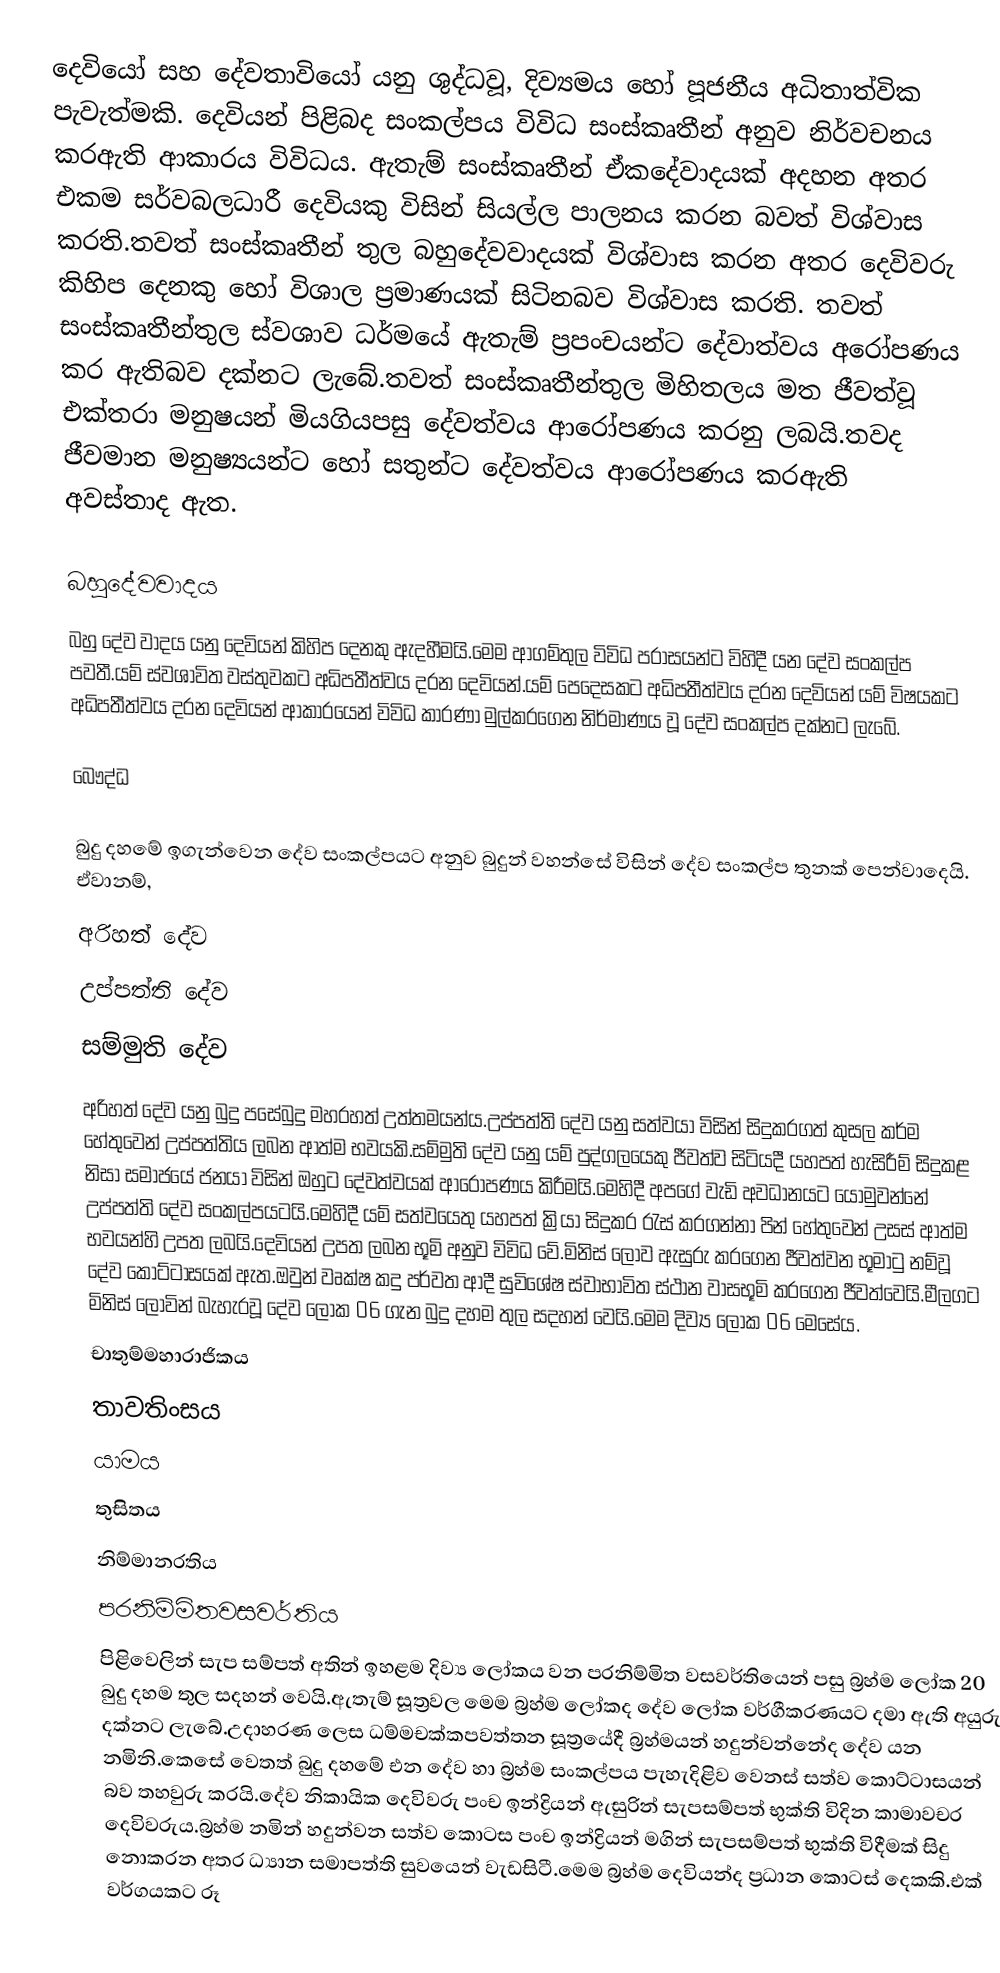
දෙවියෝ සහ දේවතාවියෝ  යනු ශුද්ධවූ, දිව්‍යමය හෝ පූජනීය අධිතාත්වික පැවැත්මකි. දෙවියන් පිළිබද සංකල්පය විවිධ සංස්කෘතීන් අනුව නිර්වචනය කරඇති ආකාරය විවිධය. ඇතැම් සංස්කෘතීන් ඒකදේවාදයක් අදහන අතර එකම සර්වබලධාරී දෙවියකු විසින් සියල්ල පාලනය කරන බවත් විශ්වාස කරති.තවත් සංස්කෘතීන් තුල බහුදේවවාදයක් විශ්වාස කරන අතර දෙවිවරු කිහිප දෙනකු හෝ විශාල ප්‍රමාණයක් සිටිනබව විශ්වාස කරති. තවත් සංස්කෘතීන්තුල ස්වශාව ධර්මයේ ඇතැම් ප්‍රපංචයන්ට දේවාත්වය අරෝපණය කර ඇතිබව දක්නට ලැබේ.තවත් සංස්කෘතීන්තුල මිහිතලය මත ජීවත්වූ එක්තරා මනුෂයන් මියගියපසු දේවත්වය ආරෝපණය කරනු ලබයි.තවද ජීවමාන මනුෂ්‍යයන්ට හෝ සතුන්ට දේවත්වය ආරෝපණය කරඇති අවස්තාද ඇත.

බහුදේවවාදය
බහු දේව වාදය යනු දෙවියන් කිහිප දෙනකු ඇදහීමයි.මෙම ආගම්තුල විවිධ පරාසයන්ට විහිදී යන දේව සංකල්ප පවතී.යම් ස්වශාවිත වස්තුවකට අධිපතීත්වය දරන දෙවියන්.යම් පෙදෙසකට අධිපතීත්වය දරන දෙවියන් යම් විෂයකට අධිපතීත්වය දරන දෙවියන් ආකාරයෙන් විවිධ කාරණා මුල්කරගෙන නිර්මාණය වූ දේව සංකල්ප දක්නට ලැබේ.

බෞද්ධ

බුදු දහමේ ඉගැන්වෙන දේව සංකල්පයට අනුව බුදුන් වහන්සේ විසින් දේව සංකල්ප තුනක් පෙන්වාදෙයි. ඒවානම්,
 අරිහත් දේව
 උප්පත්ති දේව
 සම්මුති දේව
අරිහත් දේව යනු බුදු පසේබුදු මහරහත් උත්තමයන්ය.උප්පත්ති දේව යනු සත්වයා විසින් සිදුකරගත් කුසල කර්ම හේතුවෙන් උප්පත්තිය ලබන ආත්ම භවයකි.සම්මුති දේව යනු යම් පුද්ගලයෙකු ජීවත්ව සිටියදී යහපත් හැසිරීම් සිදුකළ නිසා සමාජයේ ජනයා විසින් ඔහුට දේවත්වයක් ආරෝපණය කිරීමයි.මෙහිදී අපගේ වැඩි අවධානයට යොමුවන්නේ උප්පත්ති දේව සංකල්පයටයි.මෙහිදී යම් සත්වයෙතු යහපත් ක්‍රියා සිදුකර රැස් කරගන්නා පින් හේතුවෙන් උසස් ආත්ම භවයන්හි උපත ලබයි.දෙවියන් උපත ලබන භූමි අනුව විවිධ වේ.මිනිස් ලොව ඇසුරු කරගෙන ජීවත්වන භූමාටු නම්වූ දේව කොට්ටාසයක් ඇත.ඔවුන් වෘක්ෂ කදු පර්වත ආදී සුවිශේෂ ස්වාභාවිත ස්ථාන වාසභූමි කරගෙන ජීවත්වෙයි.මීලගට මිනිස් ලොවින් බැහැරවූ දේව ලෝක 06 ගැන බුදු දහම තුල සදහන් වෙයි.මෙම දිව්‍ය ලෝක 06 මෙසේය.
 චාතුම්මහාරාජිකය
 තාවතිංසය
 යාමය
 තුසිතය
 නිම්මානරතිය
 පරනිම්මිතවසවර්තිය
පිළිවෙලින් සැප සම්පත් අතින් ඉහළම දිව්‍ය ලෝකය වන පරනිම්මිත වසවර්තියෙන් පසු බ්‍රහ්ම ලෝක 20 බුදු දහම තුල සදහන් වෙයි.ඇතැම් සූත්‍රවල මෙම බ්‍රහ්ම ලෝකද දේව ලෝක වර්ගීකරණයට දමා ඇති අයුරු දක්නට ලැබේ.උදාහරණ ලෙස ධම්මචක්කපවත්තන සූත්‍රයේදී බ්‍රහ්මයන් හදුන්වන්නේද දේව යන නමිනි.කෙසේ වෙතත් බුදු දහමේ එන දේව හා බ්‍රහ්ම සංකල්පය පැහැදිළිව වෙනස් සත්ව කොට්ටාසයන් බව තහවුරු කරයි.දේව නිකායික දෙවිවරු පංච ඉන්ද්‍රියන් ඇසුරින් සැපසම්පත් භුක්ති විදින කාමාවචර දෙවිවරුය.බ්‍රහ්ම නමින් හදුන්වන සත්ව කොටස පංච ඉන්ද්‍රියන් මගින් සැපසම්පත් භුක්ති විදීමක් සිදු නොකරන අතර ධ්‍යාන සමාපත්ති සුවයෙන් වැඩසිටී.මෙම බ්‍රහ්ම දෙවියන්ද ප්‍රධාන කොටස් දෙකකි.එක් වර්ගයකට රූ